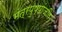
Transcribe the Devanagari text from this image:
मंत्रपुष्पांजलि।